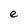
Character: e